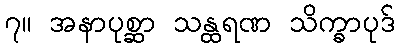
၇။ အနာပုစ္ဆာ သန္ထရဏ သိက္ခာပုဒ်